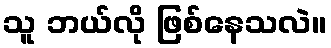
သူ ဘယ်လို ဖြစ်နေသလဲ။